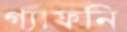
গ্যাফনি